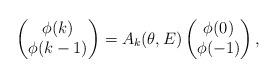
LaTeX: \begin{align*}\left(\begin{matrix}\phi(k)\\\phi(k-1)\end{matrix}\right)=A_k(\theta, E)\left(\begin{matrix}\phi(0)\\\phi(-1)\end{matrix}\right),\end{align*}